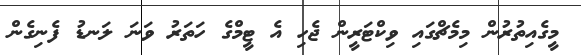
މީގެއިތުރުން މިމެޗްގައި ވިކްޓަރީން ޖެހި އެ ޓީމްގެ ހަތަރު ވަނަ ލަނޑު ފެނިގެން